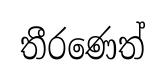
තීරණෙත්